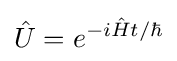
{\hat {U}}=e^{-i{\hat {H}}t/\hbar }